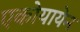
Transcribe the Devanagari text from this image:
एकोयायेन